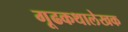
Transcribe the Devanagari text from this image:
गूढकथालेखक